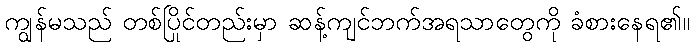
ကျွန်မသည် တစ်ပြိုင်တည်းမှာ ဆန့်ကျင်ဘက်အရသာတွေကို ခံစားနေရ၏။